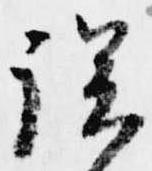
誤